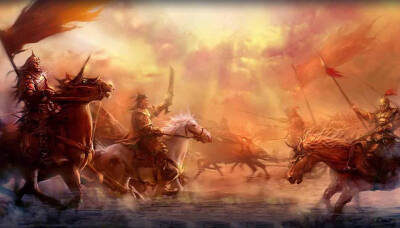
年年战骨埋荒外，空见蒲桃入汉家。